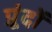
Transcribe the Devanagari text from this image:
प्रूंदों